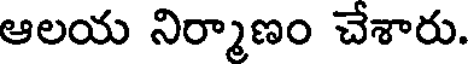
ఆలయ నిర్మాణం చేశారు.